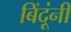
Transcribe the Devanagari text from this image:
बिंदूंनी